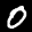
Label: 0